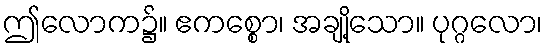
ဤလောက၌။ ဧကစ္စော၊ အချို့သော။ ပုဂ္ဂလော၊